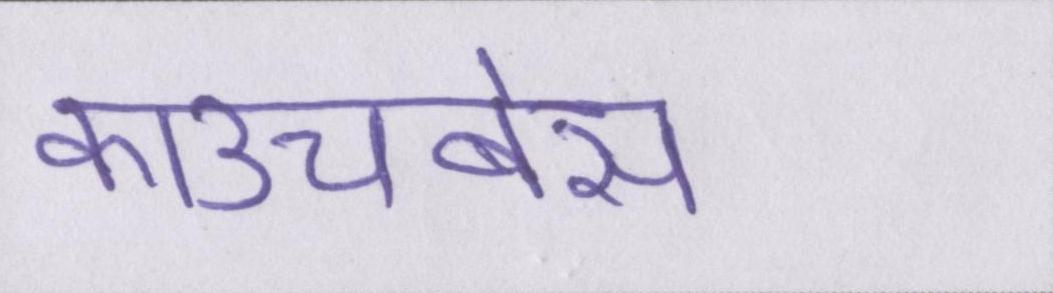
काउचबेस